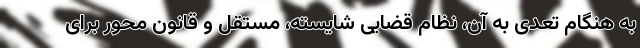
به هنگام تعّدی به آن، نظام قضایی شایسته، مستقل و قانون محور برای